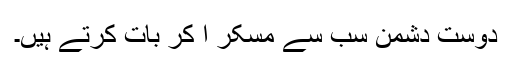
دوست دشمن سب سے مسکر ا کر بات کرتے ہیں۔